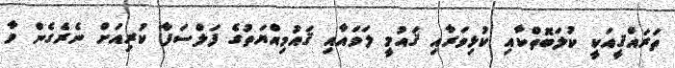
ތަރައްޤީއަކީ ކުލަބޮތްކާއި ކުޅިވަރާއި ޤައުމީ ލަވައާއި ޤައުމިއްޔަތުގެ ފަލްސަފާ ކުރިއަށް ނެރެގެން ވާ